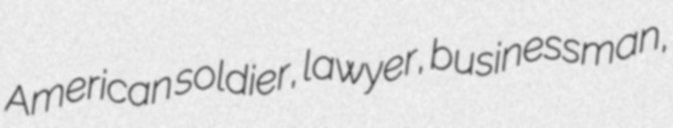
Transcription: American soldier, lawyer, businessman,